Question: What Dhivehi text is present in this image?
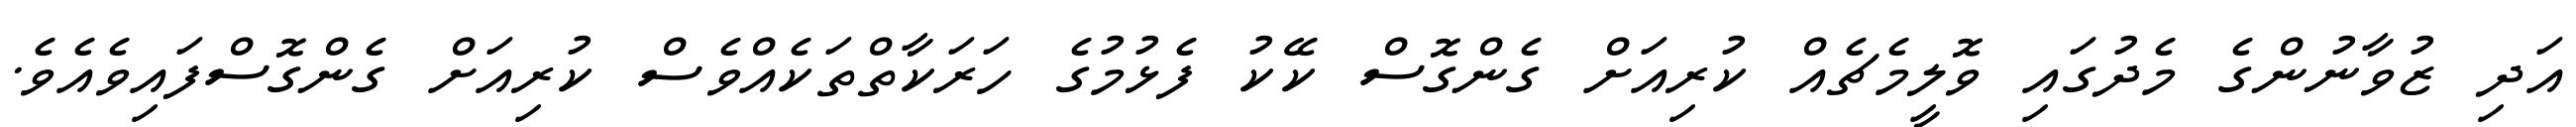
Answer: އަދި ޒުވާނުންގެ މެދުގައި ވޮލީމެޗެއް ކުރިއަށް ގެންގޮސް ކޭކު ފެޅުމުގެ ހަރަކާތްތަކެއްވެސް ކުރިއަށް ގެންގޮސްފައިވެއެވެ.